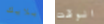
بلايك الوقت